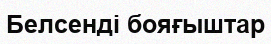
Белсенді бояғыштар